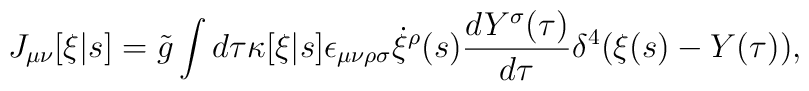
J_{\mu\nu}[\xi|s] = \tilde{g}\int d\tau\kappa[\xi|s] \epsilon_{\mu\nu\rho\sigma}   \dot{\xi}^\rho(s) \frac{d Y^\sigma(\tau)}{d\tau} \delta^4(\xi(s)-Y(\tau)),